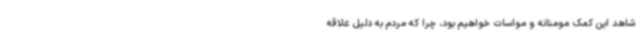
شاهد این کمک مومنانه و مواسات خواهیم بود، چرا که مردم به دلیل علاقه